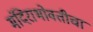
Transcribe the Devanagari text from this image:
मंदिराभोवतीचा